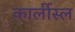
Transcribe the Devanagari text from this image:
कार्लीस्ल